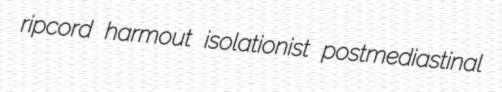
ripcord harmout isolationist postmediastinal